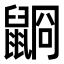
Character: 𪕥